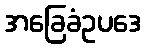
အခြေခံဥပဒေ